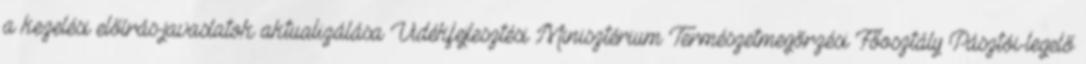
a kezelési előírás-javaslatok aktualizálása Vidékfejlesztési Minisztérium Természetmegőrzési Főosztály Pásztói-legelő